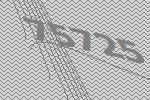
75725